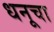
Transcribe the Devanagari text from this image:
धनूचा